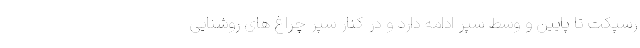
رسپکت تا پایین و وسط سپر ادامه دارد و در کنار سپر چراغ های روشنایی